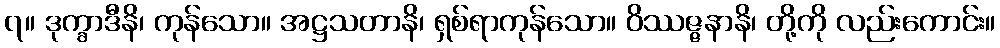
၇။ ဒုက္ခာဒီနိ၊ ကုန်သော။ အဋ္ဌသတာနိ၊ ရှစ်ရာကုန်သော။ ဝိဿဇ္ဇနာနိ၊ တို့ကို လည်းကောင်း။